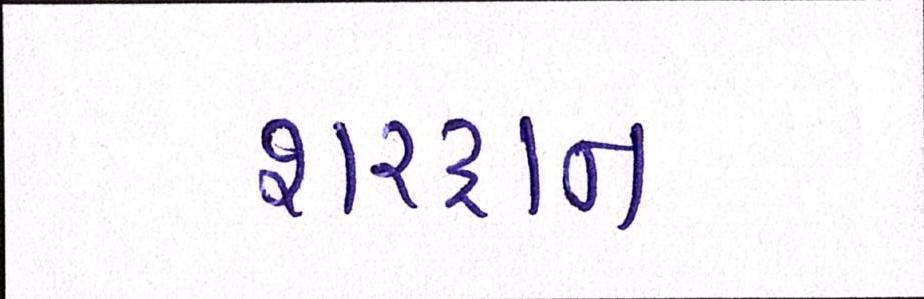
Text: શરદ્વાન